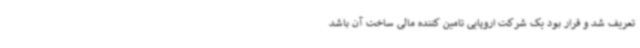
تعریف شد و قرار بود یک شرکت اروپایی تامین کننده مالی ساخت آن باشد